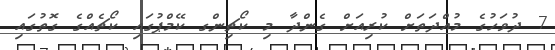
7 ދުވަހުގެ މުއްދަތަށް ކުރިއަށް ގެންދާ މި ކޯޗިންގ ކޭމްޕުގައި ކޯޗެއްގެ ގޮތުގައި